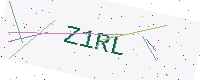
Text: Z1RL